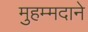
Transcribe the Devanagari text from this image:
मुहम्मदाने